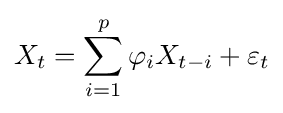
X_{t}=\sum _{i=1}^{p}\varphi _{i}X_{t-i}+\varepsilon _{t}